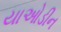
યાઓડીન